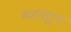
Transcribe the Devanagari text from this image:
महासूर्य